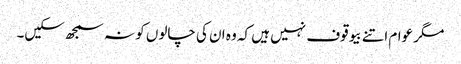
مگر عوام اتنے بیوقوف نہیں ہیں کہ وہ ان کی چالوں کو نہ سمجھ سکیں۔